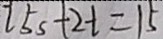
2 5 s + 2 t = 1 5